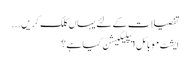
تفصیلات کے لئے یہاں کلک کریں...
ایشٹ موبائل ایپلیکیشن کیا ہے؟